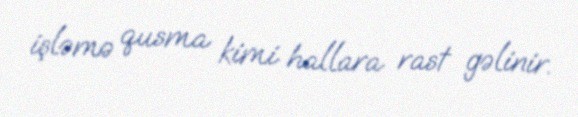
işləmə qusma kimi hallara rast gəlinir.